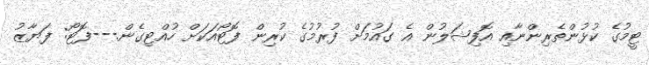
ޓީމުގެ ކުޅުންތެރިންނާއި އޮފިޝަލުން އެ ގައުމަށް ފުރުމުގެ ކުރިން ފޮޓޯއަކަށް ހުއްޓިގެން.---ފޮޓޯ: ފަޔާޒު